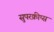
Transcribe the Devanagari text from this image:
सुपरक्रीप्स